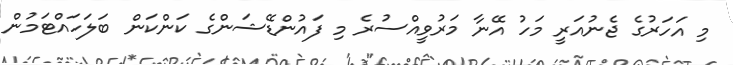
މި އަހަރުގެ ޖެނުއަރީ މަހު އޭނާ މަރުވީއްސުރެ މި ފައުންޑޭޝަންގެ ކަންކަން ބަލަހައްޓަމުން